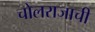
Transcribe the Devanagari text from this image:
चोलराजाची